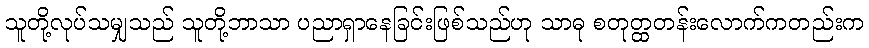
သူတို့လုပ်သမျှသည် သူတို့ဘာသာ ပညာရှာနေခြင်းဖြစ်သည်ဟု သာဓု စတုတ္ထတန်းလောက်ကတည်းက